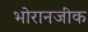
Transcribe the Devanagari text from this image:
भोरानजीक